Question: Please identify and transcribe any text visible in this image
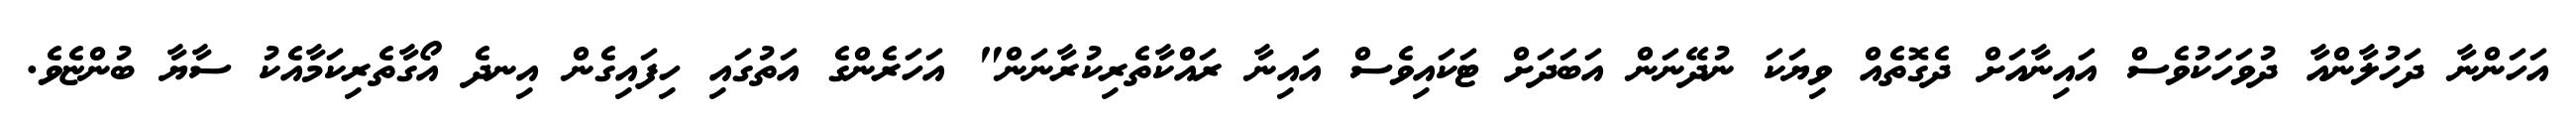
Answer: އަހަންނާ ދަހުލާންއާ ދުވަހަކުވެސް އައިނާއަށް ދެގޮތެއް ވިޔަކަ ނުދޭނަން އަބަދަށް ޓަކައިވެސް އައިނާ ރައްކާތެރިކުރާނަން" އަހަރެންގެ އަތުގައި ހިފައިގެން އިނދެ އޯގާތެރިކަމާއެކު ސާޔާ ބުންޏެވެ.